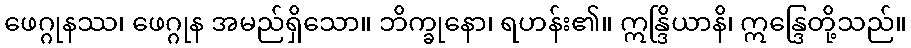
ဖေဂ္ဂုနဿ၊ ဖေဂ္ဂုန အမည်ရှိသော။ ဘိက္ခုနော၊ ရဟန်း၏။ ဣန္ဒြိယာနိ၊ ဣန္ဒြေတို့သည်။